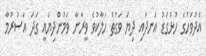
އެދުވަހުގެ ހުޅުގަޑު އަނދައި ދިޔަ ވަގުތު ހަލާކުވެ ވީރާނާ ވަމުންދިޔައީ ގަދަ އަސުރުމާ